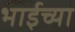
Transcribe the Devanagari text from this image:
भाईच्या